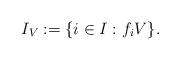
LaTeX: \begin{align*}I_V := \{i \in I: f_i V \}.\end{align*}